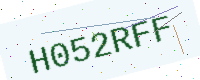
Text: H052RFF